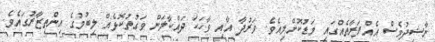
ނާޝިދުވެސް އެއްފަރާތެއްގައި މަޑުކޮށްލިއެވެ. ވަރުދާ އާއި ވާހަކަ ދައްކާލަން ވަގުތުކޮޅެއް ލިބުމުގެ އިންތިޒާރުގައެވެ.